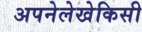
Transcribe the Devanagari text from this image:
अपनेलेखेकिसी